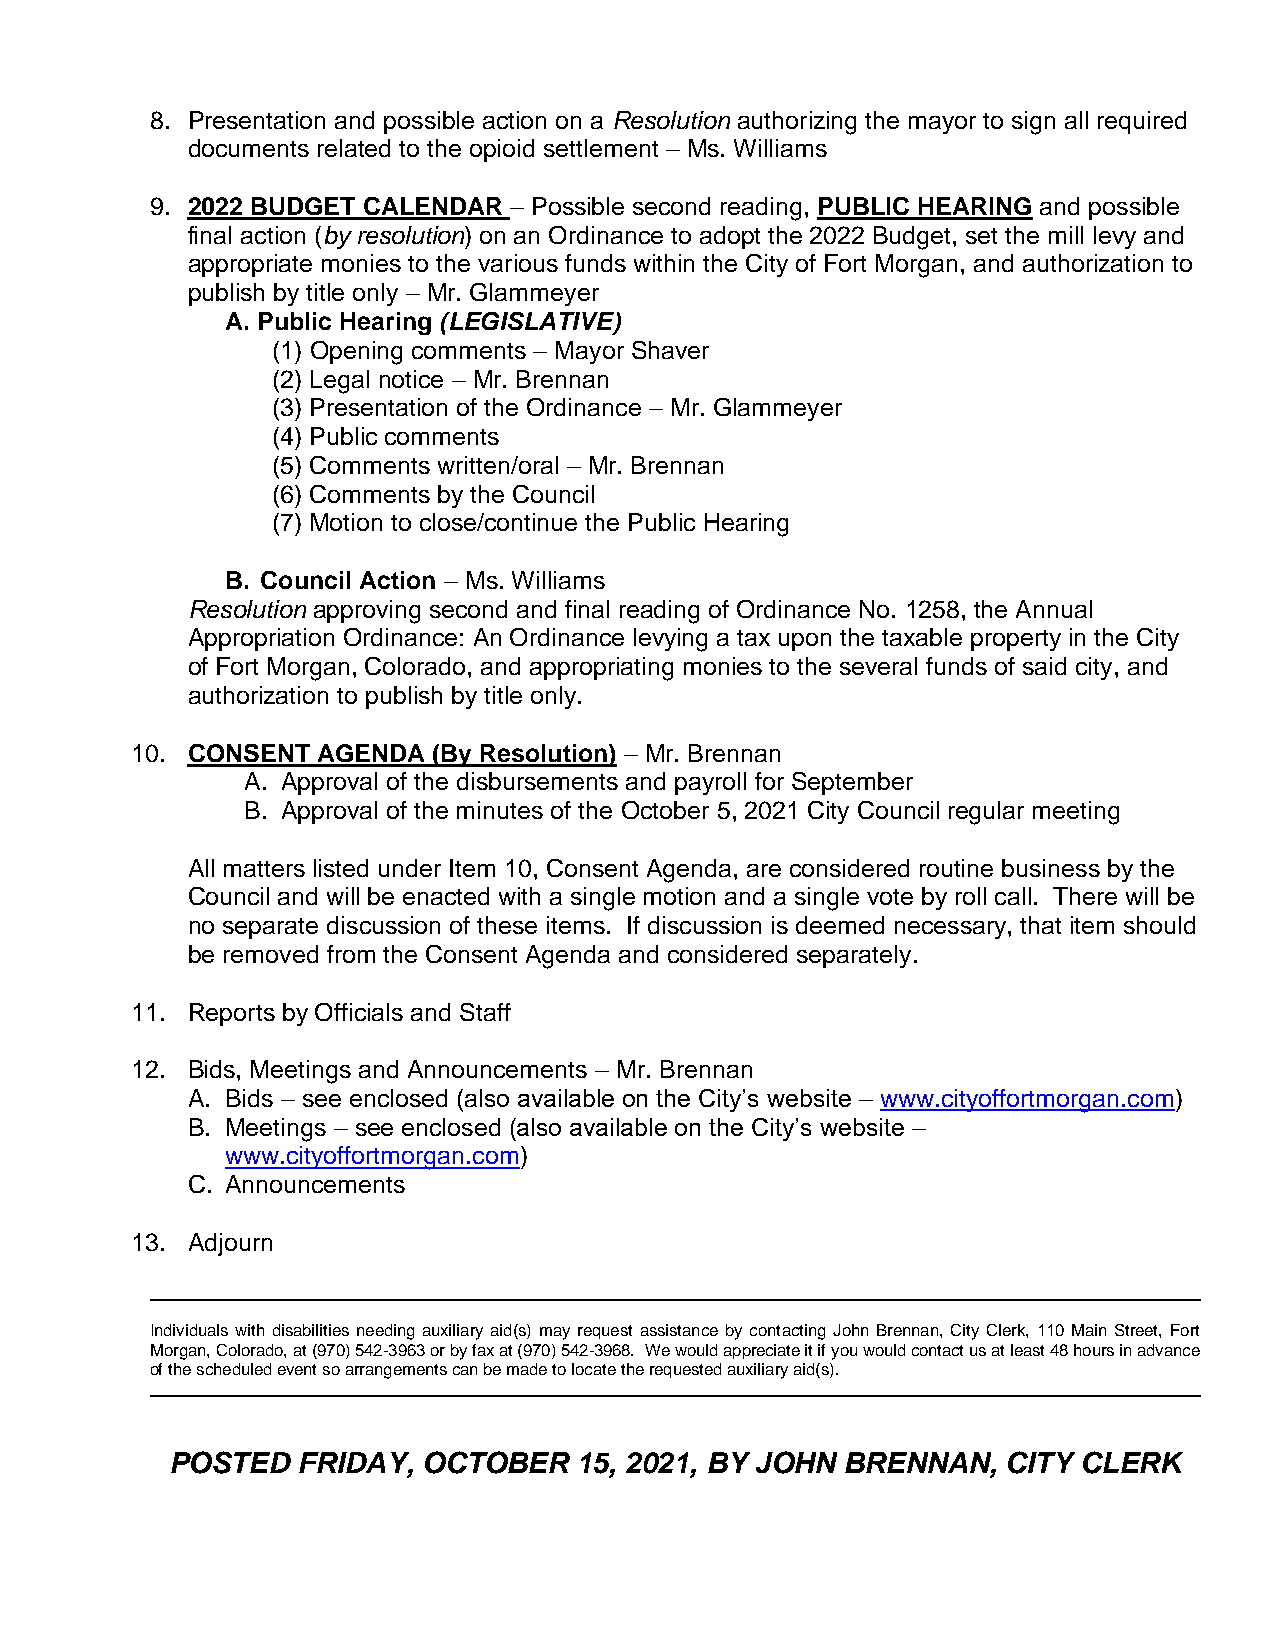
8. Presentation and possible action on a Resolution authorizing the mayor to sign all required
 documents related to the opioid settlement – Ms. Williams
 9. 2022 BUDGET CALENDAR – Possible second reading, PUBLIC HEARING and possible
 final action (by resolution) on an Ordinance to adopt the 2022 Budget, set the mill levy and
 appropriate monies to the various funds within the City of Fort Morgan, and authorization to
 publish by title only – Mr. Glammeyer
 A. Public Hearing (LEGISLATIVE)
 (1) Opening comments – Mayor Shaver
 (2) Legal notice – Mr. Brennan
 (3) Presentation of the Ordinance – Mr. Glammeyer
 (4) Public comments
 (5) Comments written/oral – Mr. Brennan
 (6) Comments by the Council
 (7) Motion to close/continue the Public Hearing
 B. Council Action – Ms. Williams
 Resolution approving second and final reading of Ordinance No. 1258, the Annual
 Appropriation Ordinance: An Ordinance levying a tax upon the taxable property in the City
 of Fort Morgan, Colorado, and appropriating monies to the several funds of said city, and
 authorization to publish by title only.
 10. CONSENT AGENDA  (By Resolution) – Mr. Brennan
 A. Approval of the disbursements and payroll for September
 B. Approval of the minutes of the October 5, 2021 City Council regular meeting
 All matters listed under Item 10, Consent Agenda, are considered routine business by the
 Council and will be enacted with a single motion and a single vote by roll call. There will be
 no separate discussion of these items. If discussion is deemed necessary, that item should
 be removed from the Consent Agenda and considered separately.
 11. Reports by Officials and Staff
 12. Bids, Meetings and Announcements – Mr. Brennan
 A. Bids – see enclosed (also available on the City’s website – www.cityoffortmorgan.com)
 B. Meetings – see enclosed (also available on the City’s website –
 www.cityoffortmorgan.com)
 C. Announcements
 13. Adjourn
 Individuals with disabilities needing auxiliary aid(s) may request assistance by contacting John Brennan, City Clerk, 110 Main Street, Fort
 Morgan, Colorado, at (970) 542-3963 or by fax at (970) 542-3968. We would appreciate it if you would contact us at least 48 hours in advance
 of the scheduled event so arrangements can be made to locate the requested auxiliary aid(s).
 POSTED   FRIDAY, OCTOBER   15, 2021, BY JOHN BRENNAN,   CITY CLERK